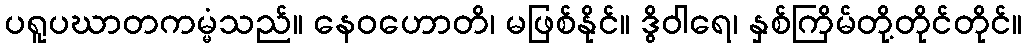
ပရူပဃာတကမ္မံသည်။ နေဝဟောတိ၊ မဖြစ်နိုင်။ ဒွိဝါရေ၊ နှစ်ကြိမ်တို့တိုင်တိုင်။